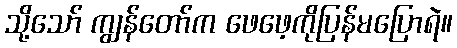
သို့သော် ကျွန်တော်က ဖေဖေ့ကိုပြန်မပြောရဲ။